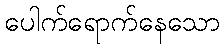
ပေါက်ရောက်နေသော